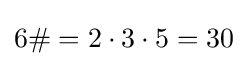
6\#=2\cdot 3\cdot 5=30